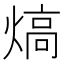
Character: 熇